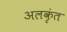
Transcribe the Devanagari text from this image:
अलकृंत